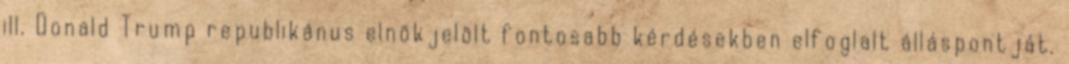
ill. Donald Trump republikánus elnökjelölt fontosabb kérdésekben elfoglalt álláspontját.